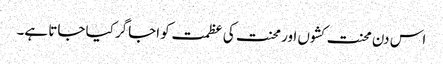
اس دن محنت کشوں اور محنت کی عظمت کو اجاگر کیا جاتا ہے۔